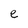
Character: e